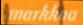
markkaa